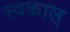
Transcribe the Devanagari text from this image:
स्वकाल्